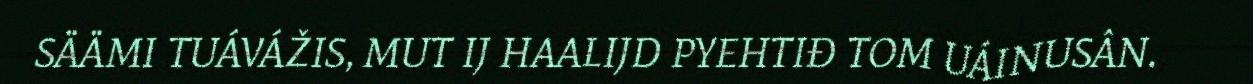
SÄÄMI TUÁVÁŽIS, MUT IJ HAALIJD PYEHTIĐ TOM UÁINUSÂN.